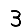
Digit: 3